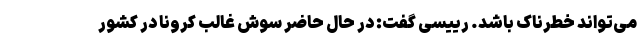
می‌تواند خطرناک باشد. رییسی گفت: در حال حاضر سوش غالب کرونا در کشور